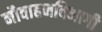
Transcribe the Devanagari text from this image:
नौवाहनविभागी